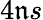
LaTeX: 4\mathfrak{n}s